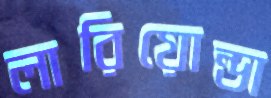
লারিয়োন্ডা